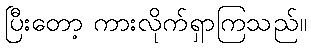
ပြီးတော့ ကားလိုက်ရှာကြသည်။